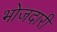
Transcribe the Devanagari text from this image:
भोजदारी